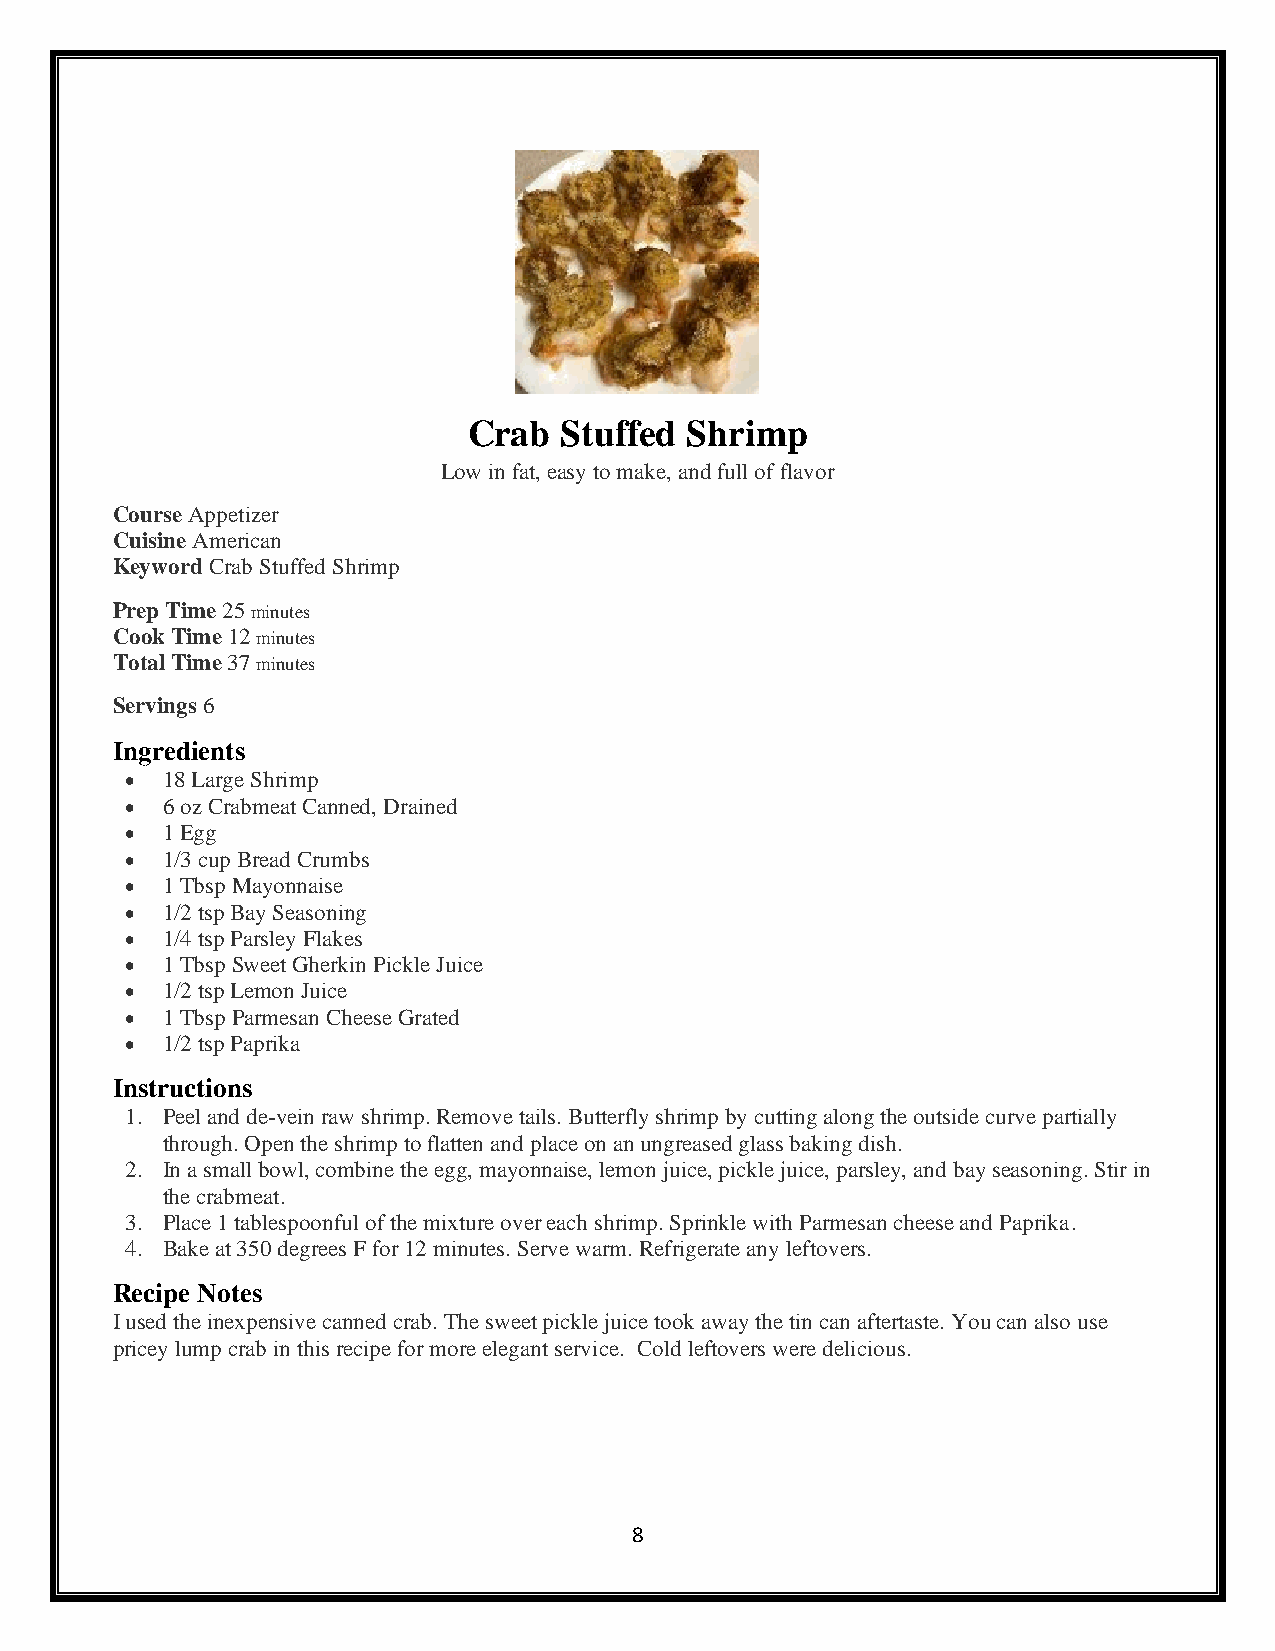
Crab  Stuffed Shrimp
 Low in fat, easy to make, and full of flavor
 Course Appetizer
 Cuisine American
 Keyword Crab Stuffed Shrimp
 Prep Time 25 minutes
 Cook Time 12 minutes
 Total Time 37 minutes
 Servings 6
 Ingredients
 •  18 Large Shrimp
 •  6 oz Crabmeat Canned, Drained
 •  1 Egg
 •  1/3 cup Bread Crumbs
 •  1 Tbsp Mayonnaise
 •  1/2 tsp Bay Seasoning
 •  1/4 tsp Parsley Flakes
 •  1 Tbsp Sweet Gherkin Pickle Juice
 •  1/2 tsp Lemon Juice
 •  1 Tbsp Parmesan Cheese Grated
 •  1/2 tsp Paprika
 Instructions
 1. Peel and de-vein raw shrimp. Remove tails. Butterfly shrimp by cutting along the outside curve partially
 through. Open the shrimp to flatten and place on an ungreased glass baking dish.
 2. In a small bowl, combine the egg, mayonnaise, lemon juice, pickle juice, parsley, and bay seasoning. Stir in
 the crabmeat.
 3. Place 1 tablespoonful of the mixture over each shrimp. Sprinkle with Parmesan cheese and Paprika.
 4. Bake at 350 degrees F for 12 minutes. Serve warm. Refrigerate any leftovers.
 Recipe Notes
 I used the inexpensive canned crab. The sweet pickle juice took away the tin can aftertaste. You can also use
 pricey lump crab in this recipe for more elegant service. Cold leftovers were delicious.
 8